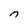
Character: n